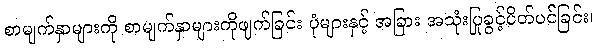
စာမျက်နှာများကို စာမျက်နှာများကိုဖျက်ခြင်း ပုံများနှင့် အခြား အသုံးပြုခွင့်ပိတ်ပင်ခြင်း၊